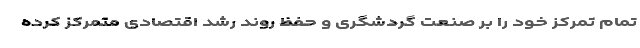
تمام تمرکز خود را بر صنعت گردشگری و حفظ روند رشد اقتصادی متمرکز کرده